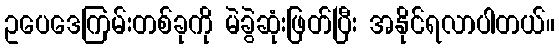
ဥပေဒေကြမ်းတစ်ခုကို မဲခွဲဆုံးဖြတ်ပြီး အနိုင်ရလာပါတယ်။